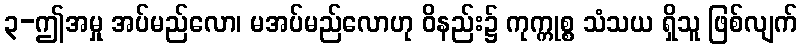
၃-ဤအမှု အပ်မည်လော၊ မအပ်မည်လောဟု ဝိနည်း၌ ကုက္ကုစ္စ သံသယ ရှိသူ ဖြစ်လျက်